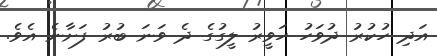
އަދި ހުކުރު ދުވަހު ހަވީރު ލީގުގެ ދެ ވަނަ ބުރު ފަށާނެ އެވެ.